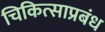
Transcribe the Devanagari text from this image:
चिकित्साप्रबंध